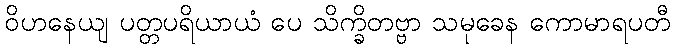
ဝိဟနေယျ ပတ္တပရိယာယံ ပေ သိက္ခိတဗ္ဗာ သမုခေန ကောမာရပတီ